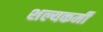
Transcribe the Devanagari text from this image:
शल्यकर्मी